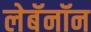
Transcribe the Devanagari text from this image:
लेबॅनॉन